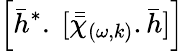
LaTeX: \Big[\bar{h}^{*}.~[\bar{\bar{\chi}}_{(\omega,k)}.\bar{h}]\Big]